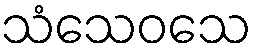
သံသေဝသေ